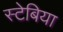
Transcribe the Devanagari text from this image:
स्टेबिया